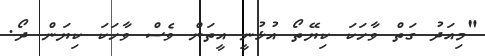
"މިއަދު ގަތް ވާހަކަ ކިޔޭތޯ އުޅުނީ އީތަން ވެސް ވާހަކަ ކިޔަން ދޯ.